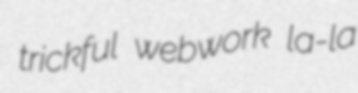
trickful webwork la-la